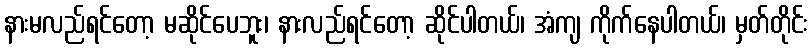
နားမလည်ရင်တော့ မဆိုင်ပေဘူး၊ နားလည်ရင်တော့ ဆိုင်ပါတယ်၊ အံကျ ကိုက်နေပါတယ်၊ မှတ်တိုင်း